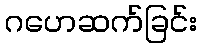
ဂဟေဆက်ခြင်း